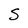
Character: S